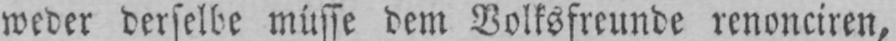
weder derselbe müsse dem Volksfreunde renonciren,